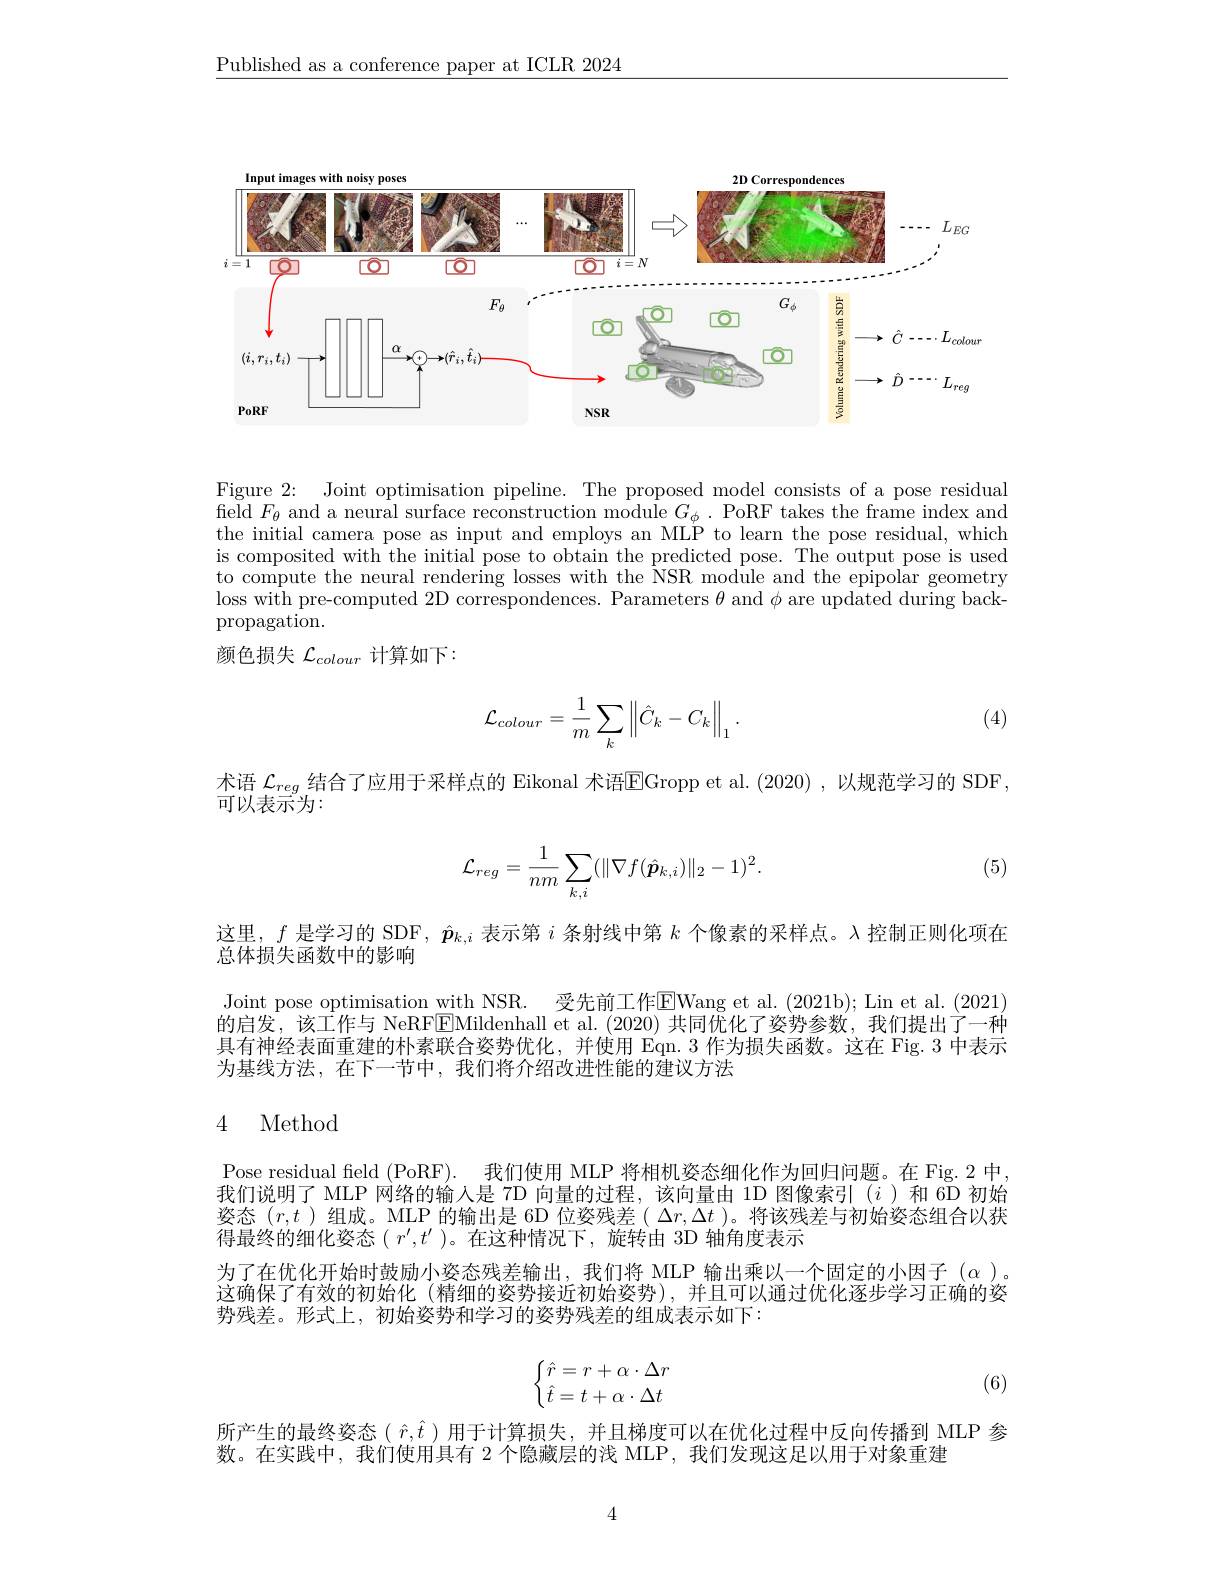
$\underline{\text{Published as a conference paper at ICLR 2024}}$

<FigureHere>

Figure 2: Joint optimisation pipeline. The proposed model consists of a pose residual $\bar{\mathrm{feld~}F_{\theta}}$ and a neural surface reconstruction module $G_\phi.$ PoRF takes the frame index and the initial camera pose as input and employs an MLP to learn the pose residual, which is composited with the initial pose to obtain the predicted pose. The output pose is used to compute the neural rendering losses with the NSR module and the epipolar geometry loss with pre-computed 2D correspondences. Parameters $\theta$ and $\phi$ are updated during backpropagation.
颜色损失$\mathcal{L}_{colour}$计算如下：

(4)
$$\mathcal{L}_{colour}=\frac{1}{m}\sum_{k}\left\|\hat{C}_{k}-C_{k}\right\|_{1}.$$
术语 $\mathcal{L}_{reg}$ 结合了应用于采样点的 Eikonal 术语$\overline{\mathrm{EGropp~et~al.~(2020)~,~以规范学习的~SDF}}$
可以表示为：

(5)
$$\mathcal{L}_{reg}=\frac{1}{nm}\sum_{k,i}(\|\nabla f(\hat{\boldsymbol{p}}_{k,i})\|_2-1)^2.$$
这里，$f$是学习的 SDF $,\hat{\boldsymbol{p}}_k,i$表示第$i$条射线中第$k$个像素的采样点。$\lambda$控制正则化项在
总体损失函数中的影响
Joint pose optimisation with NSR. 受先前工作EWang et al. ( 2021b) ; Lin et al. ( 2021) 的启发，该工作与 NeRFEMildenhall et al. (2020) 共同优化了姿势参数，我们提出了一种具有神经表面重建的朴素联合姿势优化，并使用 Eqn.3 作为损失函数。这在 Fig. 3 中表示为基线方法，在下一节中，我们将介绍改进性能的建议方法

### 4 Method

Pose residual field (PoRF). 我们使用 MLP 将相机姿态细化作为回归问题。在 Fig.2 中， 我们说明了 MLP 网络的输入是 7D 向量的过程，该向量由 1D 图像索引($i$)和 6D 初始姿态$(r,t$ )组成。MLP 的输出是 6D 位姿残差( $\Delta r,\Delta t$ )。将该残差与初始姿态组合以获得最终的细化姿态$(r^{\prime},t^{\prime})$。在这种情况下，旋转由 3D 轴角度表示

为了在优化开始时鼓励小姿态残差输出，我们将 MLP 输出乘以一个固定的小因子$(\alpha)$。这确保了有效的初始化 (精细的姿势接近初始姿势),并且可以通过优化逐步学习正确的姿势残差。形式上，初始姿势和学习的姿势残差的组成表示如下：
$$\left\{\begin{matrix}\hat{r}=r+\alpha\cdot\Delta r\\\hat{t}=t+\alpha\cdot\Delta t\end{matrix}\right.$$
(6)

所产生的最终姿态$(\hat{r},\hat{t})$用于计算损失，并且梯度可以在优化过程中反向传播到 MLP 参
数。在实践中，我们使用具有 2 个隐藏层的浅 MLP, 我们发现这足以用于对象重建

4